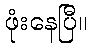
ဖုံးနေပြီ။